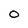
Character: O